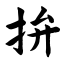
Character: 拚